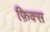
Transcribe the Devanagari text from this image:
फ़िक्स